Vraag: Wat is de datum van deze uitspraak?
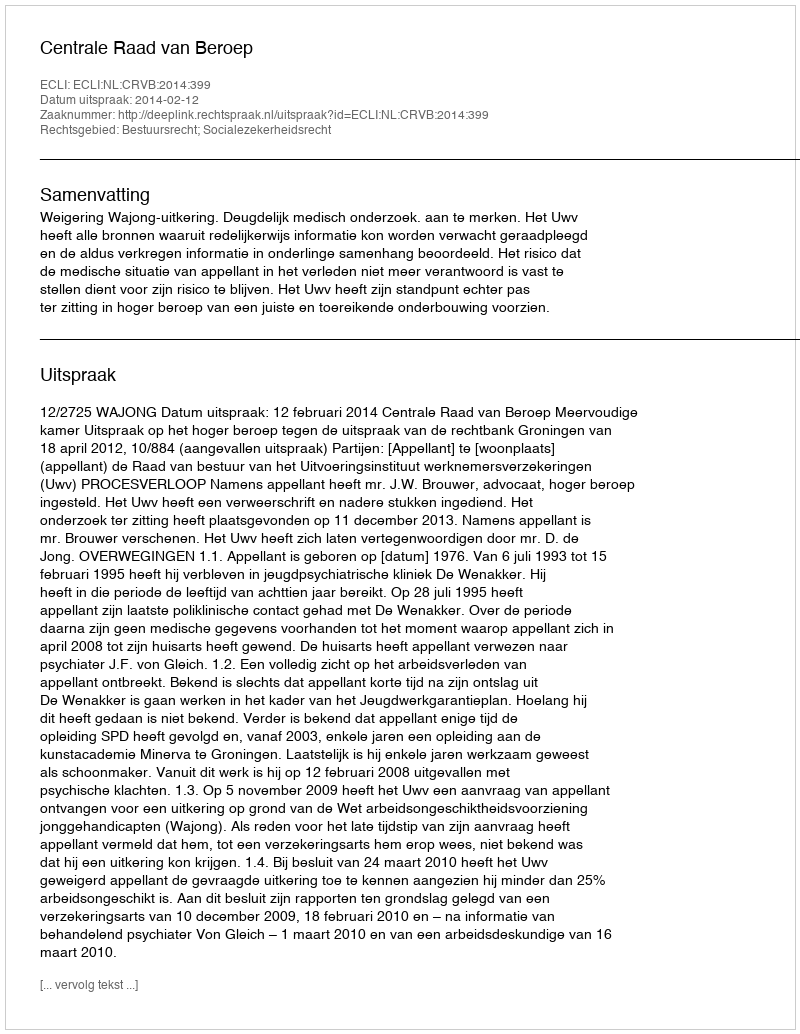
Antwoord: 2014-02-12